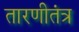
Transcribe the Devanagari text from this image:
तारणीतंत्र